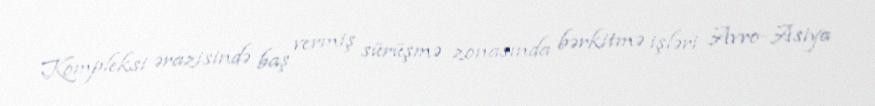
Kompleksi ərazisində baş vermiş sürüşmə zonasında bərkitmə işləri Avro-Asiya